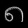
Digit: ၈